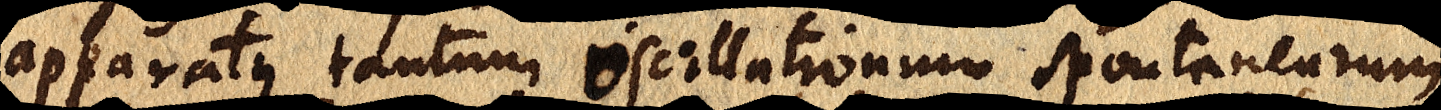
apparatus tantum oscillationum spontanearum